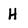
Character: H